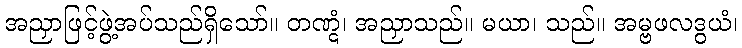
အညှာဖြင့်ဖွဲ့အပ်သည်ရှိသော်။ တဏ္ဋံ၊ အညှာသည်။ မယာ၊ သည်။ အမ္ဗဖလဒွယံ၊